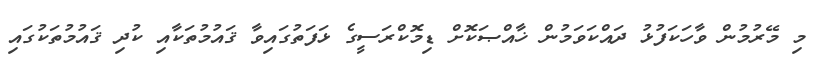
މި މޭރުމުން ވާހަކަފުޅު ދައްކަވަމުން ޚާއްޞަކޮށް ޑިމޮކްރަސީގެ ޅަފަތުގައިވާ ޤައުމުތަކާއި ކުދި ޤައުމުތަކުގައި